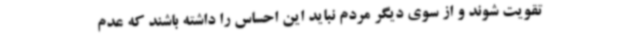
تقویت شوند و از سوی دیگر مردم نباید این احساس را داشته باشند که عدم